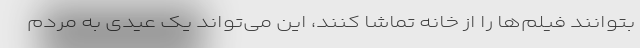
بتوانند فیلم‌ها را از خانه تماشا کنند، این می‌تواند یک عیدی به مردم